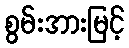
စွမ်းအားမြင့်